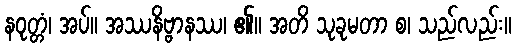
နဝုတ္တံ၊ အပ်။ အဿနိဗ္ဗာနဿ၊ ၏။ အတိ သုခုမတာ စ၊ သည်လည်း။